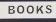
books